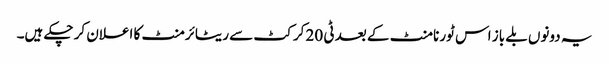
یہ دونوں بلے باز اس ٹورنامنٹ کے بعد ٹی 20 کرکٹ سے ریٹائرمنٹ کا اعلان کر چکے ہیں۔